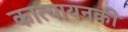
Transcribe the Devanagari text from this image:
कात्यायनकी